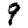
Digit: 9